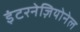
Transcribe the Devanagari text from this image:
इंटरनेज़ियोनेल